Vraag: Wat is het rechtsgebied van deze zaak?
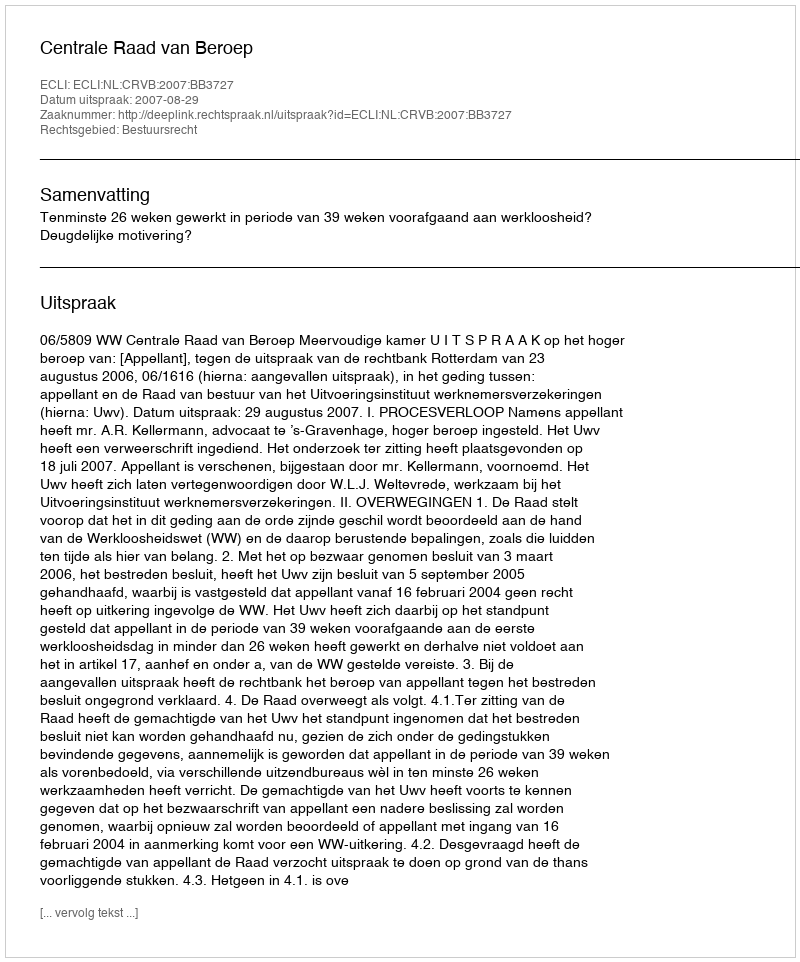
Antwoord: Bestuursrecht